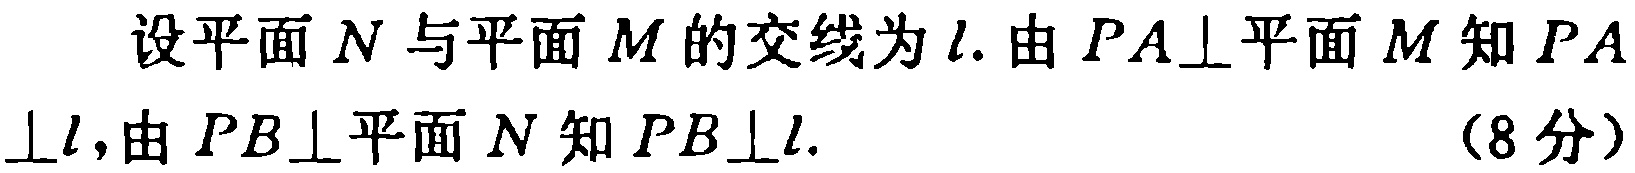
设平面\(N\)与平面\(M\)的交线为\(l\). 由\(PA\perp\)平面\(M\)知\(PA\perp l\)，由\(PB\perp\)平面\(N\)知\(PB\perp l\). （8分）